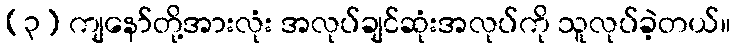
(၃) ကျနော်တို့အားလုံး အလုပ်ချင်ဆုံးအလုပ်ကို သူလုပ်ခဲ့တယ်။